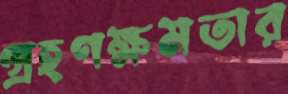
গ্রহণক্ষমতার